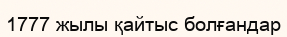
1777 жылы қайтыс болғандар